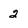
Character: 2